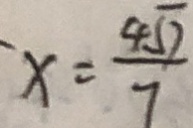
x = \frac { 4 \sqrt { 7 } } { 7 }